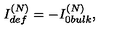
{ I _ { d e f } ^ { ( N ) } = - I _ { 0 b u l k } ^ { ( N ) } , }